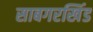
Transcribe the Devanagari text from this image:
साबगरखिंड